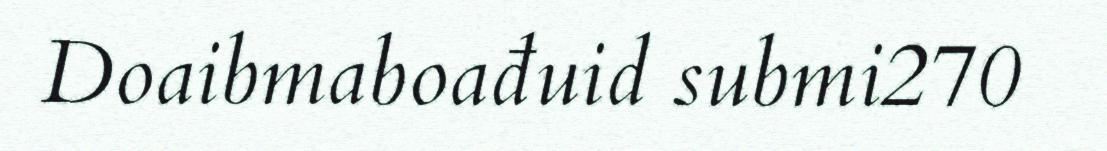
Doaibmaboađuid submi270